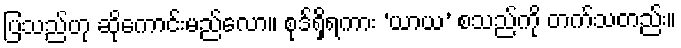
ပြသည်ဟု ဆိုကောင်းမည်လော။ စုဒ်ရှိရကား ‘ယာယ’ စသည်ကို တက်သတည်း။